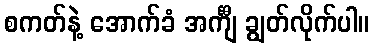
စကတ်နဲ့ အောက်ခံ အင်္ကျီ ချွတ်လိုက်ပါ။